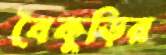
বৈকুড়ির